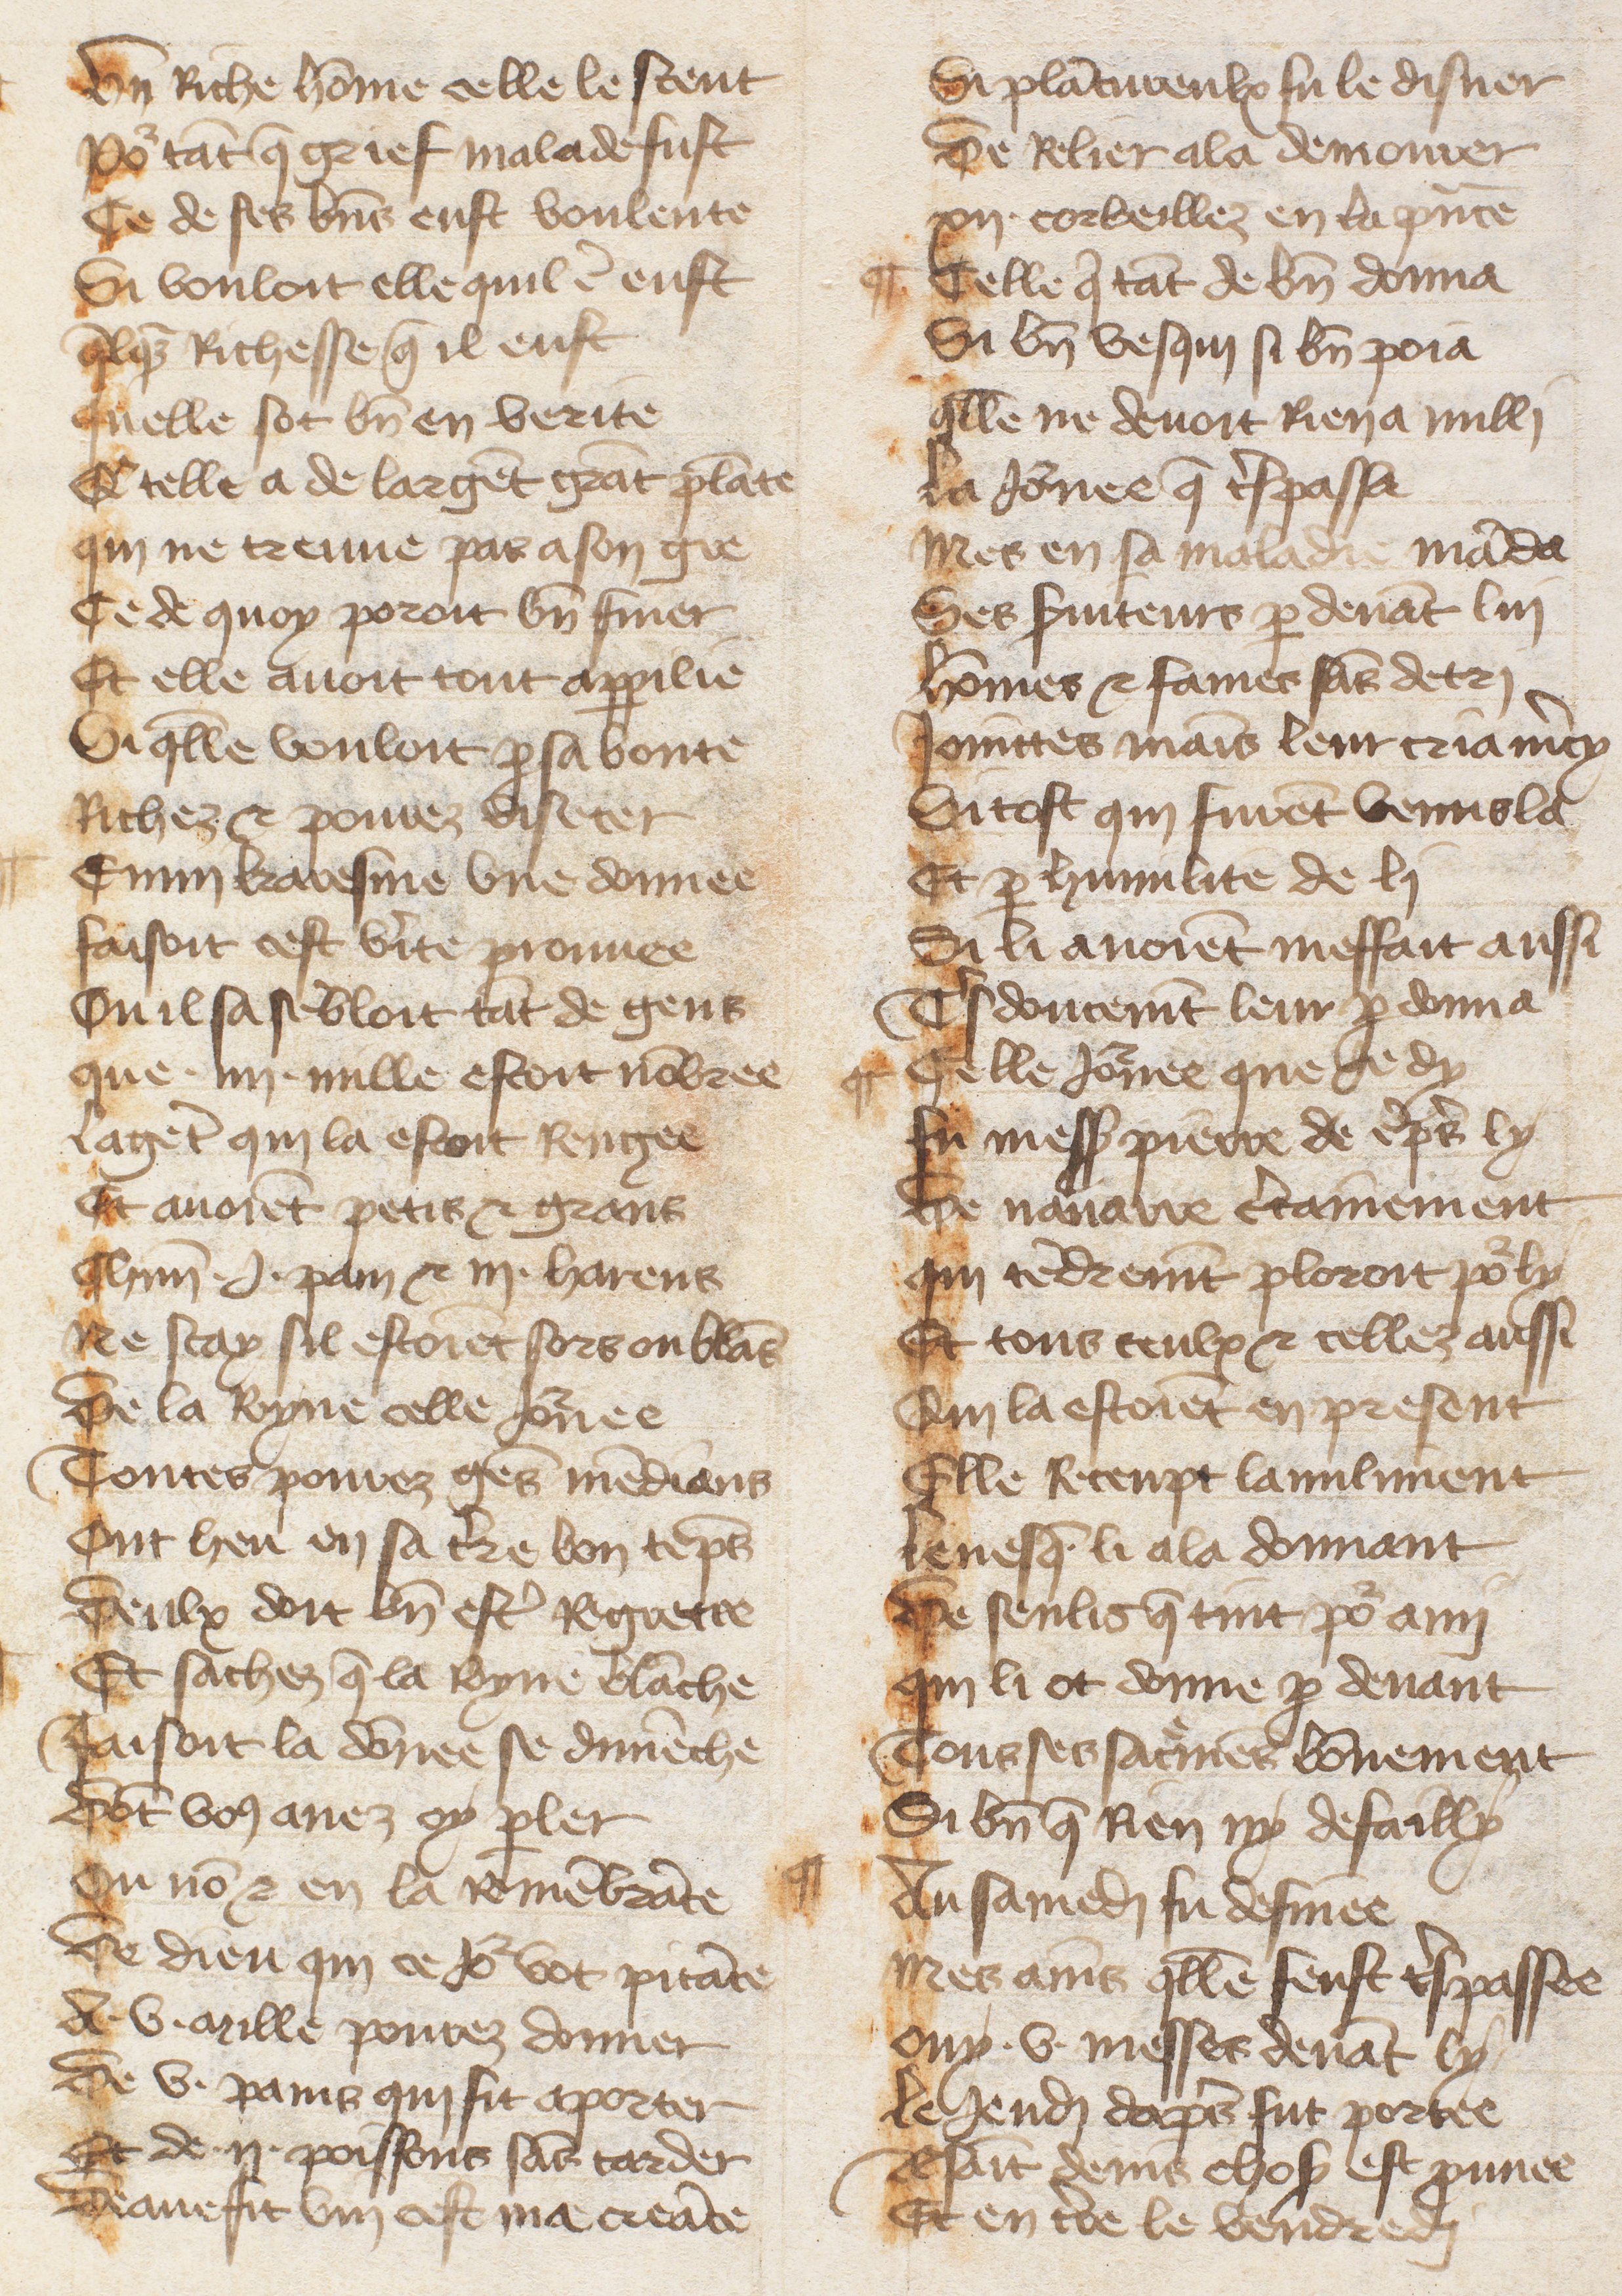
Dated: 1485–1499